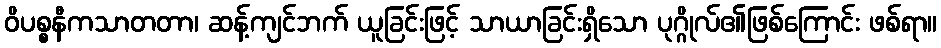
ဝိပစ္စနီကသာတတာ၊ ဆန့်ကျင်ဘက် ယူခြင်းဖြင့် သာယာခြင်းရှိသော ပုဂ္ဂိုလ်၏ဖြစ်ကြောင်း ဖစ်ရာ။